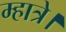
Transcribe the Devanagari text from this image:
म्हात्रे।